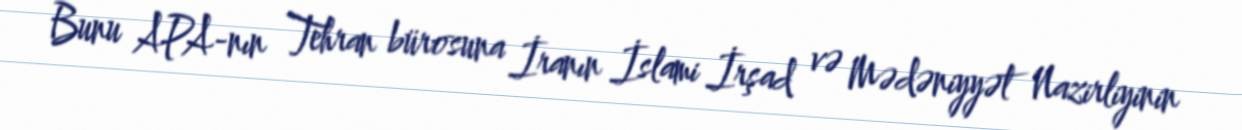
Bunu APA-nın Tehran bürosuna İranın İslami İrşad və Mədəniyyət Nazirliyinin